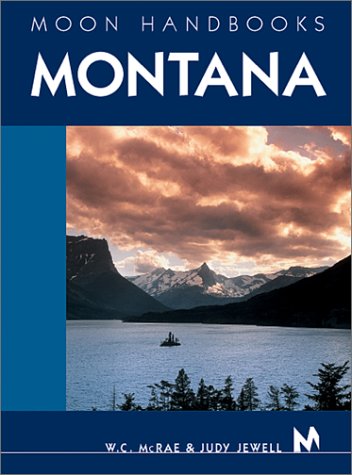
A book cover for Moon Handbooks Montana (Moon Montana); W. C. McRae; Travel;